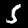
Label: 5